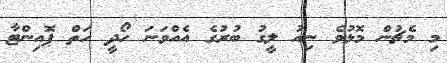
މި މެޗުން މޮޅުވެ ނިއު ލީގު ބުރުގެ އެއްވަނަ ހޯދީ ހަތް ޕޮއިންޓާ